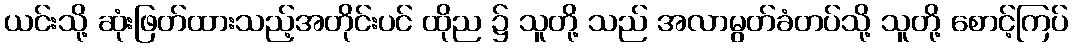
ယင်းသို့ ဆုံးဖြတ်ထားသည့်အတိုင်းပင် ထိုည ၌ သူတို့ သည် အလာမွတ်ခံတပ်သို့ သူတို့ စောင့်ကြပ်